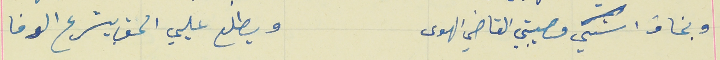
وبخاف اشكي مصيبتي القاضي الهوى                           ويطلع عليي الحق بيشرع الوفا